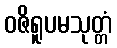
ဝဇိရူပမသုတ္တံ